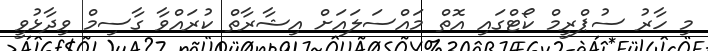
މި ހާރު ސުޕްރީމް ކޯޓްގައި އޮތް މައްސަލައަށް އިޝާރާތް ކުރައްވާ ގާސިމް ވިދާޅުވީ